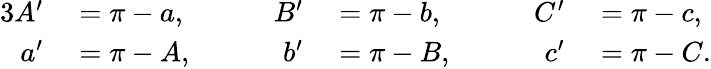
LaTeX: \begin{array}{rlrlrl}{{3}A^{\prime}}&{{}=\pi-a,}&{\qquad B^{\prime}}&{{}=\pi-b,}&{\qquad C^{\prime}}&{{}=\pi-c,}\\ {a^{\prime}}&{{}=\pi-A,}&{b^{\prime}}&{{}=\pi-B,}&{c^{\prime}}&{{}=\pi-C.}\end{array}